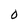
Character: O